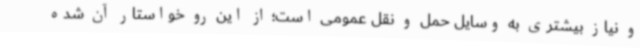
و نیاز بیشتری به وسایل حمل و نقل عمومی است؛ از این رو خواستار آن شده